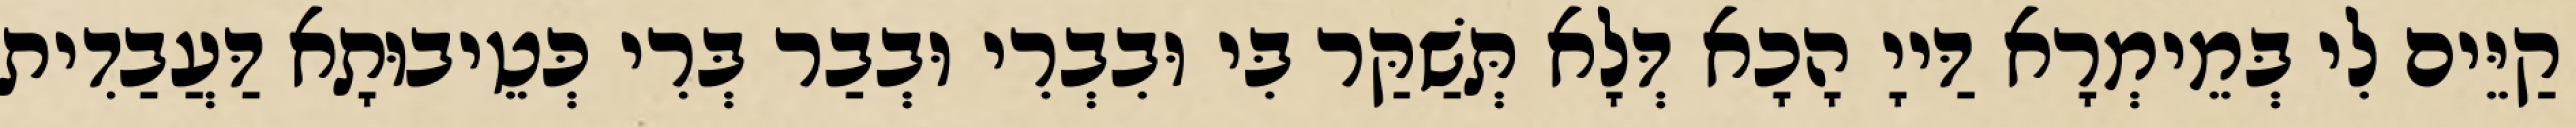
קַיֵּים לִי בְּמֵימְרָא דַּייָ הָכָא דְּלָא תְּשַׁקַּר בִּי וּבִבְרִי וּבְבַר בְּרִי כְּטֵיבוּתָא דַּעֲבַדִית